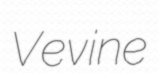
Vevine